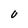
Character: U